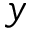
y